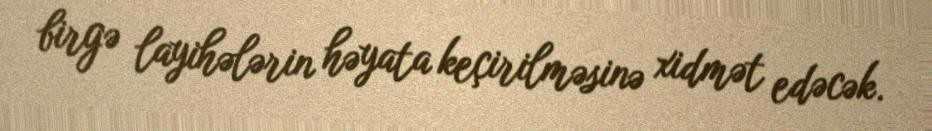
birgə layihələrin həyata keçirilməsinə xidmət edəcək.